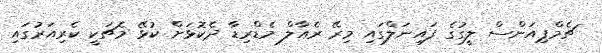
ޗެމްޕިއަންސް ލީގުގެ ފައިނަލްގައި މިރޭ ރެއާލް މެޑްރިޑާ ދެކޮޅަށް ކުޅޭ މެޗަކީ ކެރިއަރުގައި